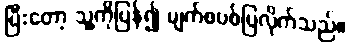
ပြီးတော့ သူ့ကိုပြန်၍ မျက်စပစ်ပြလိုက်သည်။